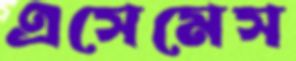
এসেমেস